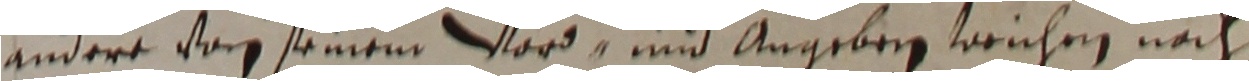
andere vor seinem word und angeben weichen nach